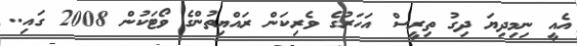
އެއީ ނިމިދިޔަ ދިގު ތިރީސް އަހަރުގެ ވެރިކަން ރައްޔިތުންގެ ވޯޓަކުން 2008 ގައި..